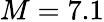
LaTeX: M=7.1